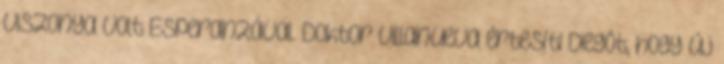
viszonya volt Esperanzával. Doktor Villanueva értesíti Diegót, hogy új